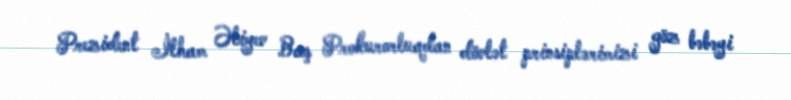
Prezident İlham Əliyev Baş Prokurorluqdan dövlət prinsiplərimizi göz bəbəyi